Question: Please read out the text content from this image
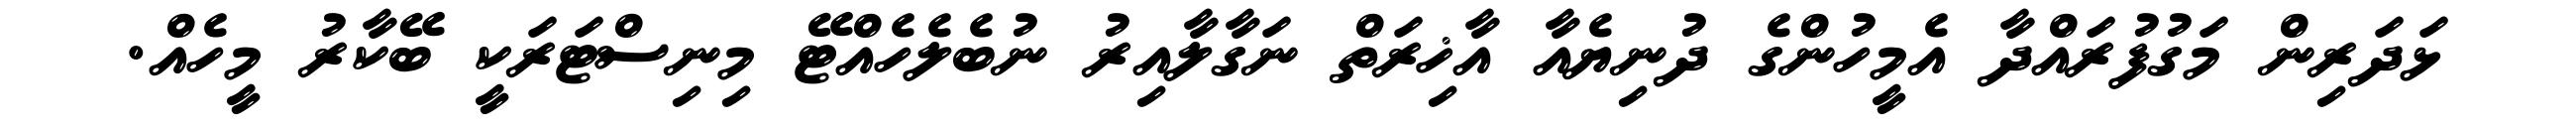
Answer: ޅަދަރިން މަގުފުރައްދާ އެމީހުންގެ ދުނިޔެއާ އާޚިރަތް ނަގާލާއިރު ނުބެލެހެއްޓޭ މިނިސްޓަރަކީ ބޭކާރު މީހެއް.